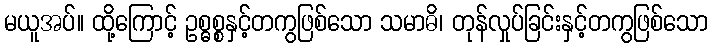
မယူအပ်။ ထို့ကြောင့် ဥစ္ဓစ္စနှင့်တကွဖြစ်သော သမာဓိ၊ တုန်လှုပ်ခြင်းနှင့်တကွဖြစ်သော